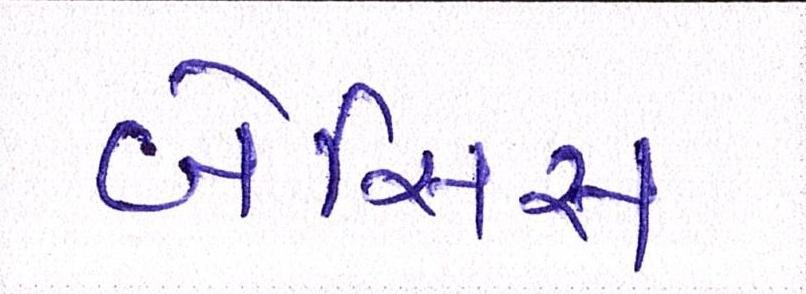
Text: બેસિસ